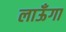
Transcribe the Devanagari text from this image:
लाऊँगा